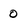
Character: 0